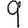
Digit: 9